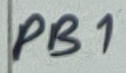
Text: PB1